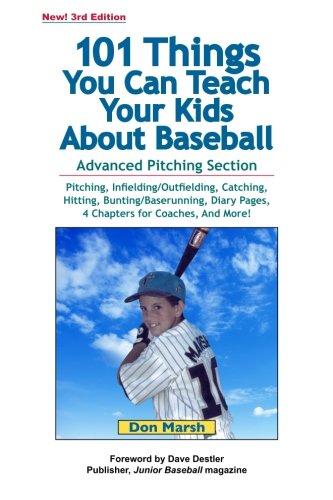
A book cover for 101 Things You Can Teach Your Kids About Baseball; Don Marsh; Sports & Outdoors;